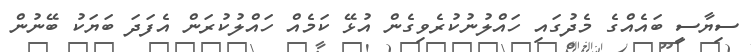
ސިޔާސީ ބައެއްގެ މެދުގައި ހައްލުނުކުރެވިގެން އުޅޭ ކަމެއް ހައްލުކުރަން އެފަދަ ބަޔަކު ބޭނުން